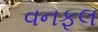
વનફૂલ